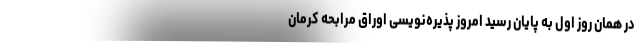
در همان روز اول به پایان رسید امروز پذیره‌نویسی اوراق مرابحه کرمان